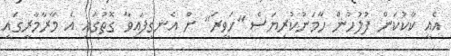
އެއީ ކާކުކަން ފުލުހުން ހާމަނުކުރިޔަސް "ހަވީރަ" ށް އެނގިފައިވާ ގޮތުގައި އެ މާރާމާރީގައި